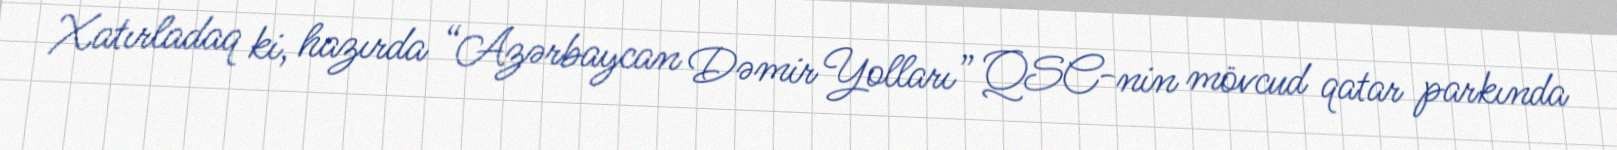
Xatırladaq ki, hazırda “Azərbaycan Dəmir Yolları” QSC-nin mövcud qatar parkında